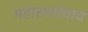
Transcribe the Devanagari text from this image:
महाराजांचाच